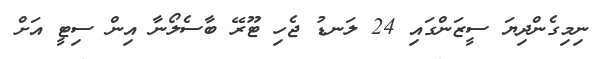
ނިމިގެންދިޔަ ސީޒަންގައި 24 ލަނޑު ޖެހި ޓޫރޭ ބާސެލޯނާ އިން ސިޓީ އަށް